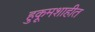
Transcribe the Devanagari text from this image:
हुकूमशाहीत